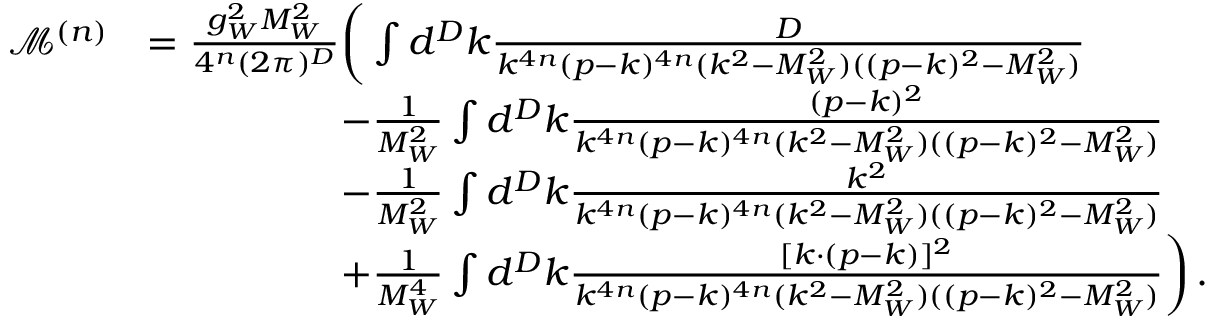
\begin{array} { r l } { \mathcal { M } ^ { ( n ) } } & { = \frac { g _ { W } ^ { 2 } M _ { W } ^ { 2 } } { 4 ^ { n } ( 2 \pi ) ^ { D } } \bigg ( \int d ^ { D } k \frac { D } { k ^ { 4 n } ( p - k ) ^ { 4 n } ( k ^ { 2 } - M _ { W } ^ { 2 } ) ( ( p - k ) ^ { 2 } - M _ { W } ^ { 2 } ) } } \\ & { \quad \quad \quad \quad \quad - \frac { 1 } { M _ { W } ^ { 2 } } \int d ^ { D } k \frac { ( p - k ) ^ { 2 } } { k ^ { 4 n } ( p - k ) ^ { 4 n } ( k ^ { 2 } - M _ { W } ^ { 2 } ) ( ( p - k ) ^ { 2 } - M _ { W } ^ { 2 } ) } } \\ & { \quad \quad \quad \quad \quad - \frac { 1 } { M _ { W } ^ { 2 } } \int d ^ { D } k \frac { k ^ { 2 } } { k ^ { 4 n } ( p - k ) ^ { 4 n } ( k ^ { 2 } - M _ { W } ^ { 2 } ) ( ( p - k ) ^ { 2 } - M _ { W } ^ { 2 } ) } } \\ & { \quad \quad \quad \quad \quad + \frac { 1 } { M _ { W } ^ { 4 } } \int d ^ { D } k \frac { [ k \cdot ( p - k ) ] ^ { 2 } } { k ^ { 4 n } ( p - k ) ^ { 4 n } ( k ^ { 2 } - M _ { W } ^ { 2 } ) ( ( p - k ) ^ { 2 } - M _ { W } ^ { 2 } ) } \bigg ) \, . } \end{array}